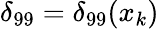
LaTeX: \delta_{99}=\delta_{99}(x_{k})